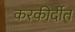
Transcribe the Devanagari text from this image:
करकीर्दीत